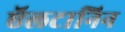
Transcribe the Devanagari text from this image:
ऍलटानिन